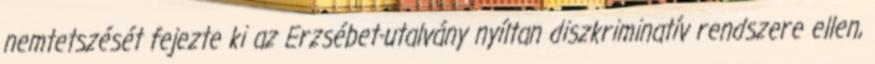
nemtetszését fejezte ki az Erzsébet-utalvány nyíltan diszkriminatív rendszere ellen,